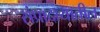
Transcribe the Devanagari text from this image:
संप्रादायातील